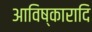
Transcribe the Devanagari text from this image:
आविष्कारादि